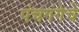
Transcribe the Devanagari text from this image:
पंचगंगेचे